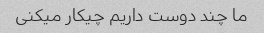
ما چند دوست داریم چیکار میکنی